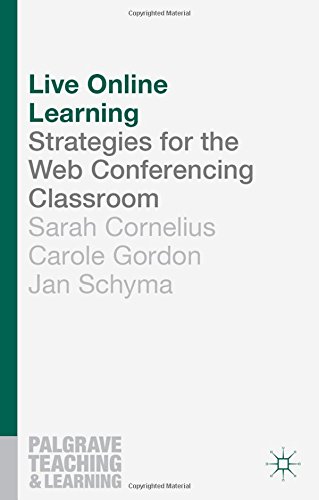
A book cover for Live Online Learning: Strategies for the Web Conferencing Classroom (Palgrave Teaching and Learning); Sarah Cornelius; Education & Teaching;